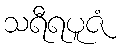
သရီရပူဇံ